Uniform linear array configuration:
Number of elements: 16
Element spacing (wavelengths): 1
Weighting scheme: hamming
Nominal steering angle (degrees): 45
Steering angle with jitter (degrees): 44.272
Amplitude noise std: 0.05
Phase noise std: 0.05

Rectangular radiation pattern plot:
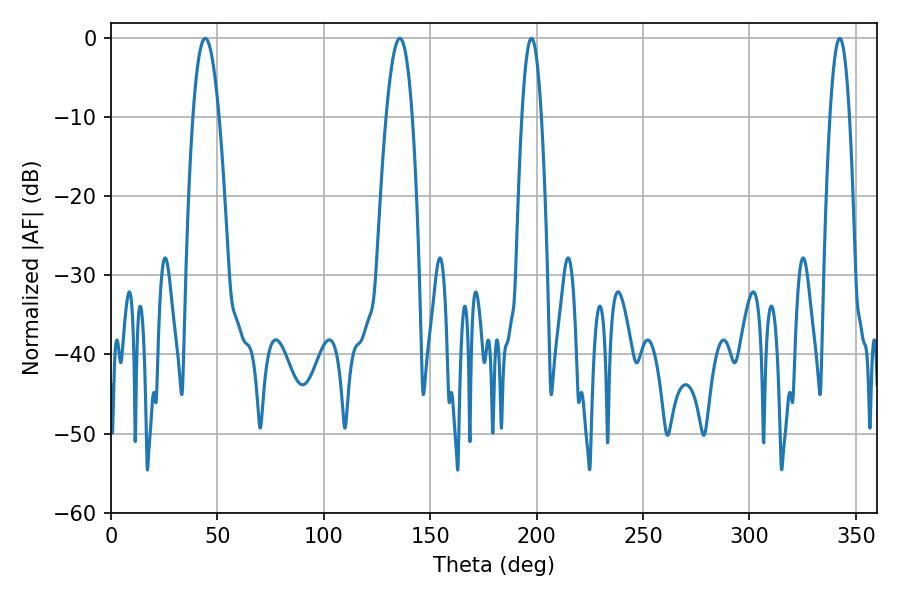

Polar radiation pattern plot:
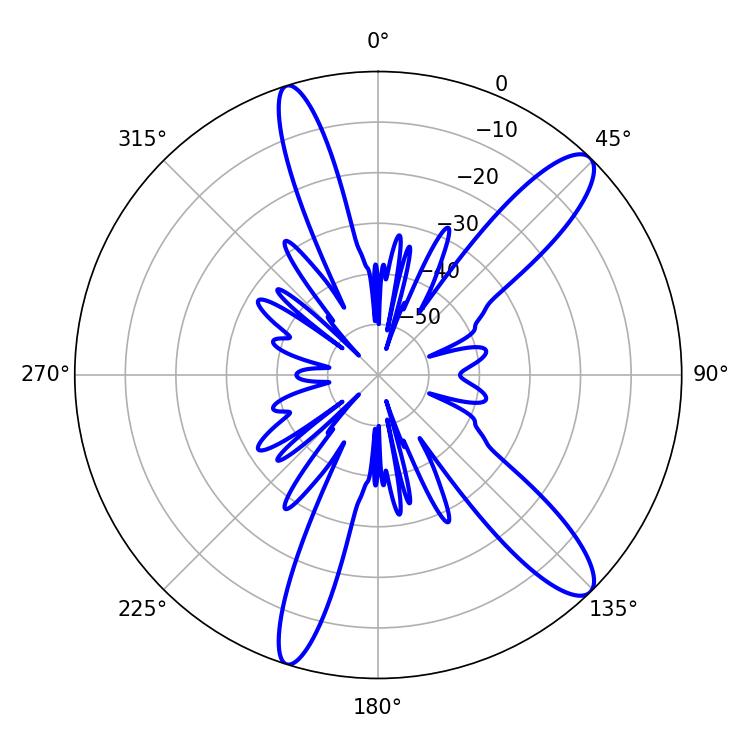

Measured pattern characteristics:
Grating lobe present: TRUE
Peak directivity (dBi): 12.203
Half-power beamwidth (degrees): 6.66
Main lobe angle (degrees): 44.28